Leaving Certificate Examination, 1923
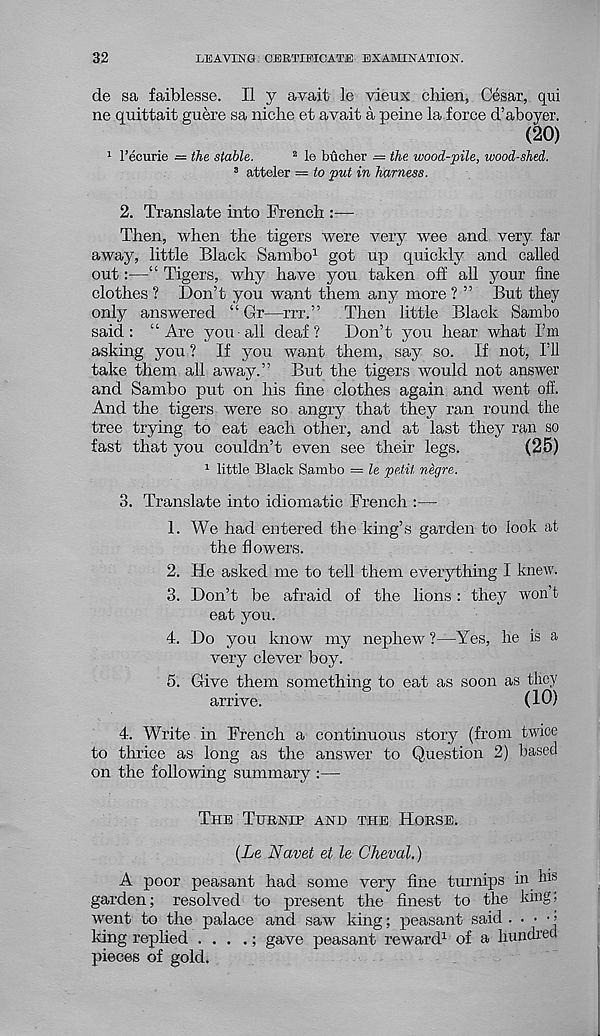
32
LEAVING CERTIFICATE EXAMINATION.
de sa faiblesse. II y avait le vieux chien, Cesar, qui
ne quittait guere sa niche et avait a peine la force d’aboyer.
(20)
1 recurie = the stable.
2 le bucher = the wood-pile, wood-shed.
3 atteler = to put in harness.
2. Translate into French :—
Then, when the tigers were very wee and very far
away, little Black Sambo 1 got up quickly and called
out:—“ Tigers, why have you taken off all your fine
clothes ? Don’t you want them any more ? ” But they
only answered “ Gr—rrr.”
Then little Black Sambo
said: “Are you all deaf?
Don’t you hear what I’m
asking you ? If you want them, say so. If not, I’ll
take them all away.” But the tigers would not answer
and Sambo put on his fine clothes again and went off.
And the tigers were so angry that they ran round the
tree trying to eat each other, and at last they ran so
fast that you couldn’t even see their legs.
(25)
1 little Black Sambo = le petit negre.
3. Translate into idiomatic French :—
1. We had entered the king’s garden to look at
the flowers.
2. He asked me to tell them everything I knew.
3. Don’t be afraid of the lions: they won’t
eat you.
4. Do you know my nephew ?—Yes, he is a
very clever boy.
5. Give them something to eat as soon as they
arrive.
(10)
4. Write in French a continuous story (from twice
to thrice as long as the answer to Question 2) based
on the following summary :—
The Turnip and the Horse.
{Le Navet et le Cheval.)
A poor peasant had some very fine turnips in his
garden; resolved to present the finest to the king;
went to the palace and saw king; peasant said . • • • j
king replied . . . .; gave peasant reward 1 of a hundred
pieces of gold.